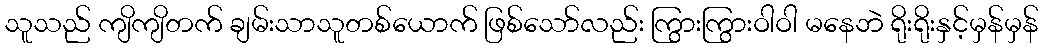
သူသည် ကျိကျိတက် ချမ်းသာသူတစ်ယောက် ဖြစ်သော်လည်း ကြွားကြွားဝါဝါ မနေဘဲ ရိုးရိုးနှင့်မှန်မှန်